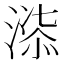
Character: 𭱲